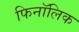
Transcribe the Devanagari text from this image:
फिनॉलिक